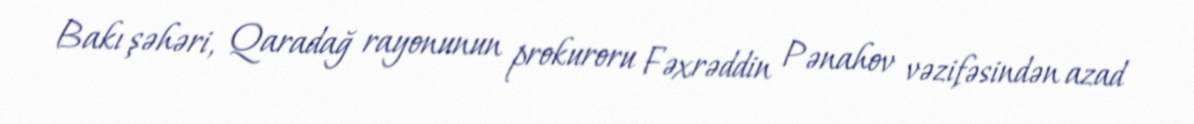
Bakı şəhəri, Qaradağ rayonunun prokuroru Fəxrəddin Pənahov vəzifəsindən azad